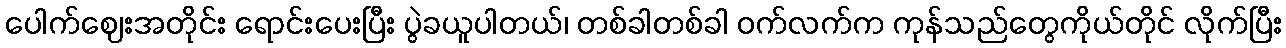
ပေါက်ဈေးအတိုင်း ရောင်းပေးပြီး ပွဲခယူပါတယ်၊ တစ်ခါတစ်ခါ ဝက်လက်က ကုန်သည်တွေကိုယ်တိုင် လိုက်ပြီး